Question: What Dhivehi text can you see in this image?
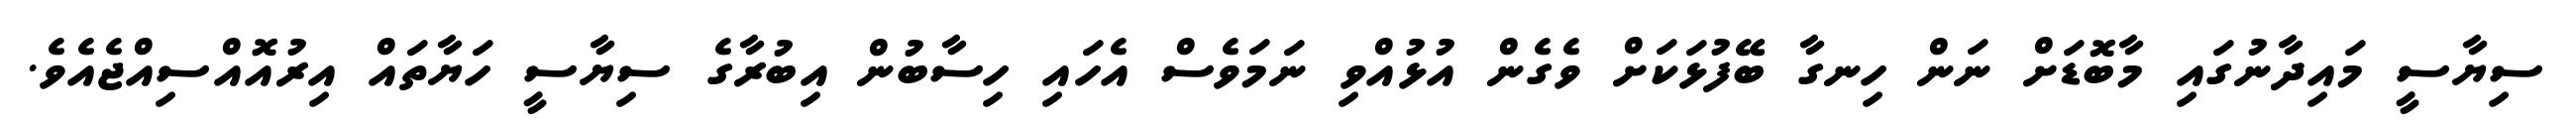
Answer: ސިޔާސީ މައިދާނުގައި މާބޮޑަށް ނަން ހިނގާ ބޭފުޅަކަށް ވެގެން އުޅުއްވި ނަމަވެސް އެހައި ހިސާބުން އިބުރާގެ ސިޔާސީ ހަޔާތައް އިރުއޮއްސިއްޖެއެވެ.